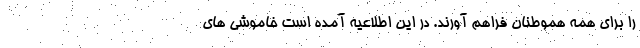
را برای همه هموطنان فراهم آورند. در این اطلاعیه آمده است خاموشی های